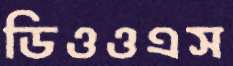
ডিওওএস